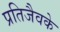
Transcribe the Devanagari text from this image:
प्रतिजैवके